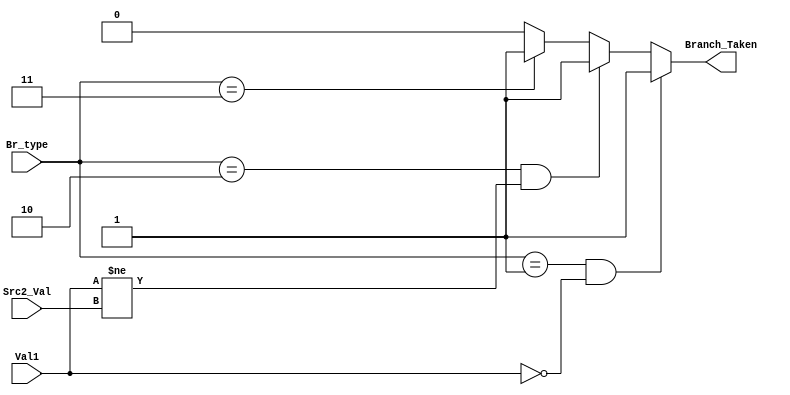
module Condition_Check
	(
		input [1:0] Br_type,
		input [31:0] Val1,
		input [31:0] Src2_Val,
		output Branch_Taken
	);
	assign Branch_Taken = ((Br_type == 2'b01) && (Val1 == 32'b0))? 1 :
						((Br_type == 2'b10) && (Val1 != Src2_Val))? 1 :
						(Br_type == 2'b11)? 1 :
						(Br_type == 2'b00)? 0 : 0;
endmodule